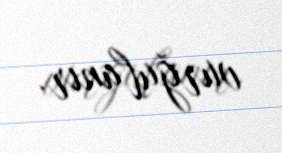
vurğulanır.